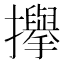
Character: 㩮